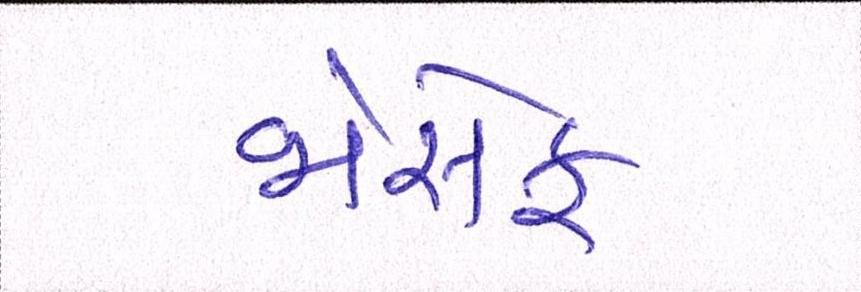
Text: જોસેફ